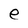
Character: e